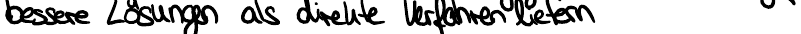
bessere Lösungen als direkte Verfahren liefern